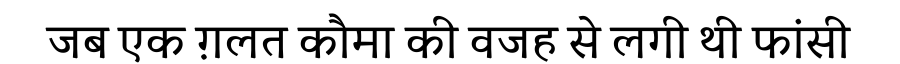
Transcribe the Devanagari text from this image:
जब एक ग़लत कौमा की वजह से लगी थी फांसी